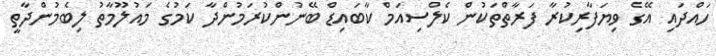
ހައްދައި އޭގެ ވިޔަފާރިކުރާ ފަރާތްތަކުން ކެލްސިއަމް ކާބައިޑް ބޭނުންކުރަމުންދާ ކަމުގެ މައުލޫމާތު ލިބެމުންދާތީ